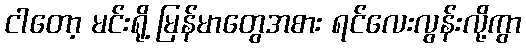
ငါတော့ မင်းရို့ မြန်မာတွေအစား ရင်လေးလွန်းလို့ကွာ